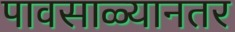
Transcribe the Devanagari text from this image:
पावसाळ्यानतर